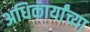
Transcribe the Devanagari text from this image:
अधिकार्यांच्या